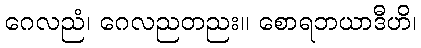
ဂေလညံ၊ ဂေလညတညး။ စောရဘယာဒီဟိ၊